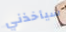
سيأخذني